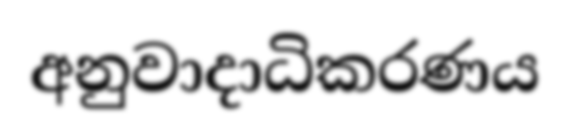
අනුවාදාධිකරණය